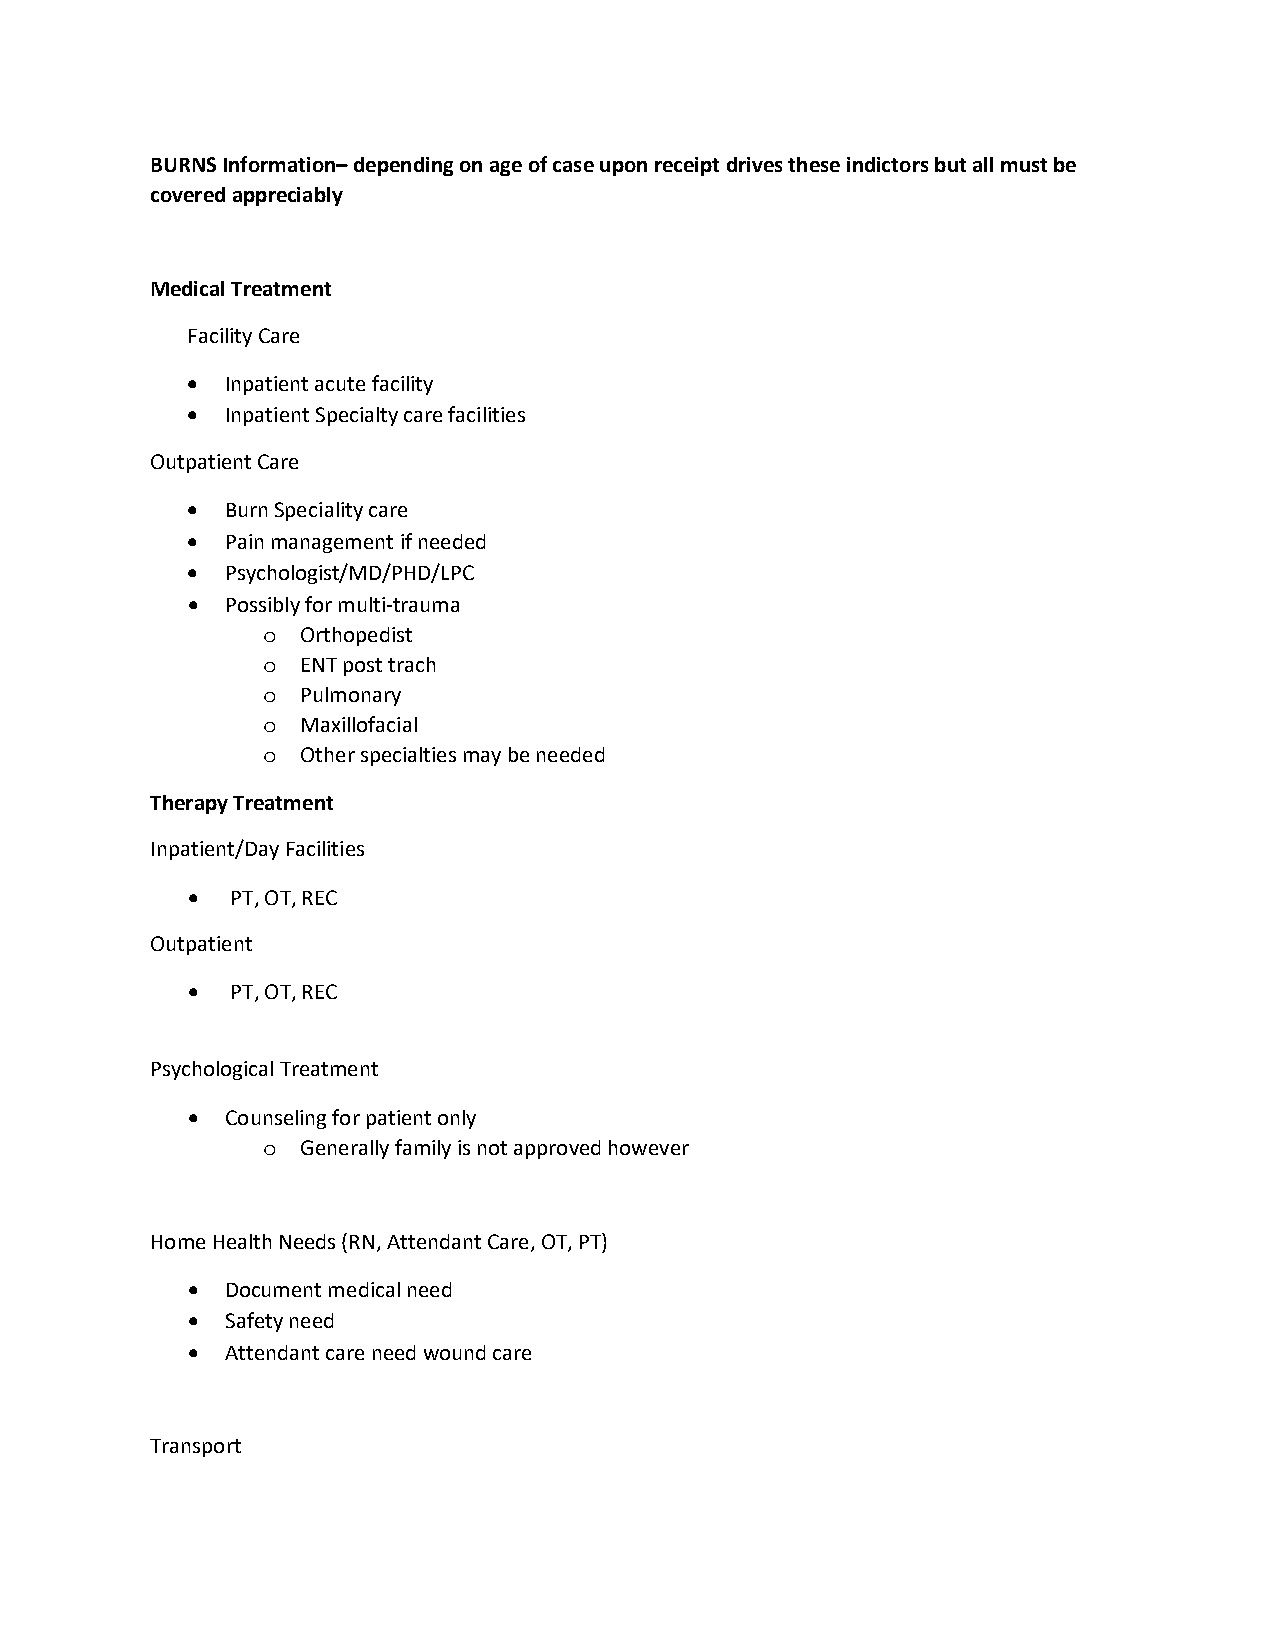
BURNS Information– depending on age of case upon receipt drives these indictors but all must be
 covered appreciably
 Medical Treatment
 Facility Care
 •  Inpatient acute facility
 •  Inpatient Specialty care facilities
 Outpatient Care
 •  Burn Speciality care
 •  Pain management if needed
 •  Psychologist/MD/PHD/LPC
 •  Possibly for multi-trauma
 Orthopedist
 o
 ENT post trach
 o
 Pulmonary
 o
 Maxillofacial
 o
 Other specialties may be needed
 o
 Therapy Treatment
 Inpatient/Day Facilities
 •  PT, OT, REC
 Outpatient
 •  PT, OT, REC
 Psychological Treatment
 •  Counseling for patient only
 Generally family is not approved however
 o
 Home Health Needs (RN, Attendant Care, OT, PT)
 •  Document medical need
 •  Safety need
 •  Attendant care need wound care
 Transport